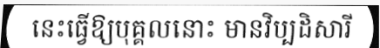
នេះធ្វើឱ្យបុគ្គលនោះ មានវិប្បដិសារី